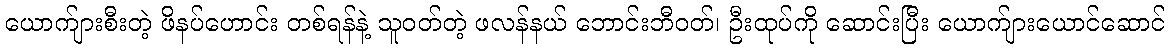
ယောက်ျားစီးတဲ့ ဖိနပ်ဟောင်း တစ်ရန်နဲ့ သူဝတ်တဲ့ ဖလန်နယ် ဘောင်းဘီဝတ်၊ ဦးထုပ်ကို ဆောင်းပြီး ယောက်ျားယောင်ဆောင်